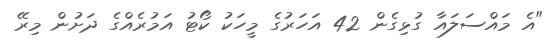
"އެ މައްސަލައާ ގުޅިގެން 42 އަހަރުގެ މީހަކު ކޯޓު އަމުރެއްގެ ދަށުން މިރޭ